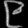
Digit: ၉